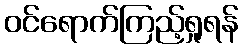
ဝင်ရောက်ကြည့်ရှုရန်